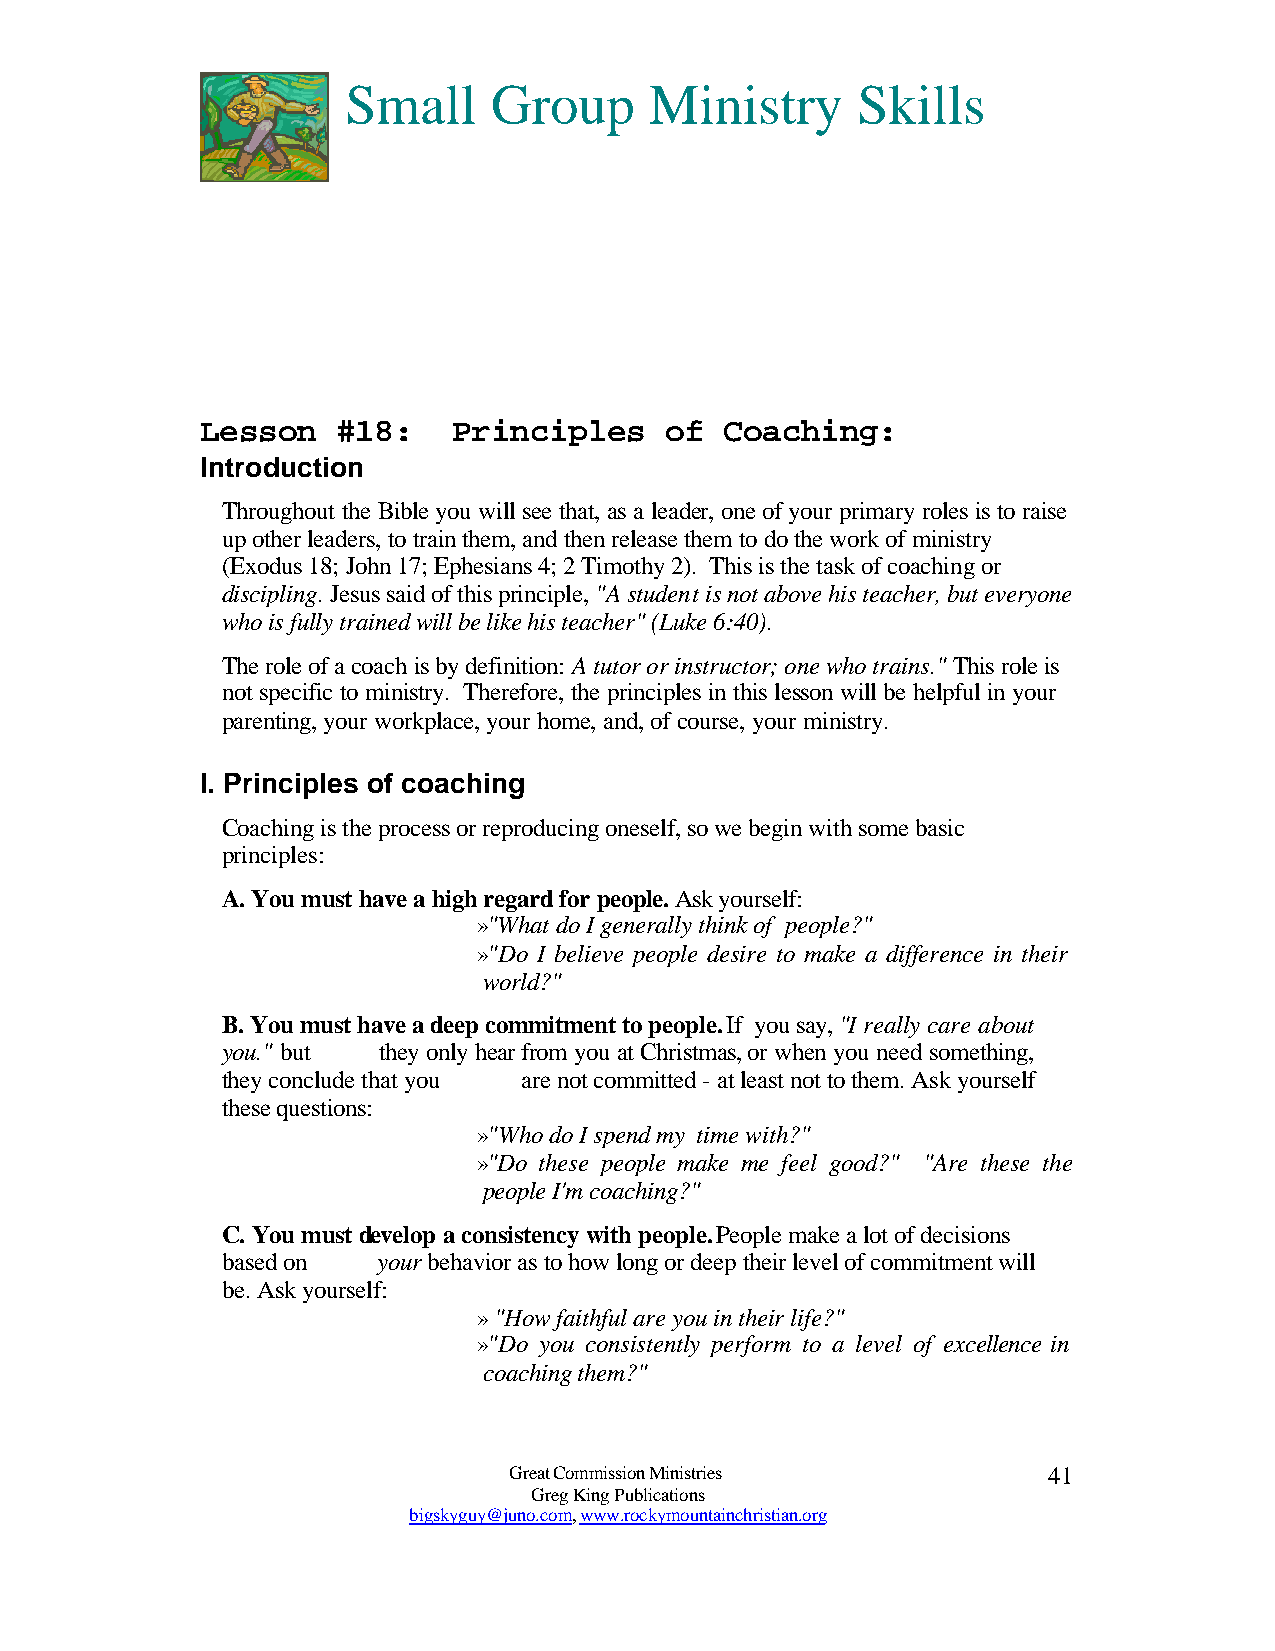
Small     Group     Ministry      Skills
 Lesson   #18:    Principles    of  Coaching:
 Introduction
 Throughout the Bible you will see that, as a leader, one of your primary roles is to raise
 up other leaders, to train them, and then release them to do the work of ministry
 (Exodus 18; John 17; Ephesians 4; 2 Timothy 2). This is the task of coaching or
 discipling. Jesus said of this principle, "A student is not above his teacher, but everyone
 who is fully trained will be like his teacher" (Luke 6:40).
 The role of a coach is by definition: A tutor or instructor; one who trains." This role is
 not specific to ministry. Therefore, the principles in this lesson will be helpful in your
 parenting, your workplace, your home, and, of course, your ministry.
 I. Principles of coaching
 Coaching is the process or reproducing oneself, so we begin with some basic
 principles:
 A. You must have a high regard for people. Ask yourself:
 »"What do I generally think of people?"
 »"Do I believe people desire to make a difference in their
 world?"
 B. You must have a deep commitment to people. If you say, "I really care about
 you." but they only hear from you at Christmas, or when you need something,
 they conclude that you are not committed - at least not to them. Ask yourself
 these questions:
 »"Who do I spend my time with?"
 »"Do these people make me feel good?" "Are these the
 people I'm coaching?"
 C. You must develop a consistency with people. People make a lot of decisions
 based on  your behavior as to how long or deep their level of commitment will
 be. Ask yourself:
 » "How faithful are you in their life?"
 »"Do you consistently perform to a level of excellence in
 coaching them?"
 Great Commission Ministries        41
 Greg King Publications
 bigskyguy@juno.com, www.rockymountainchristian.org